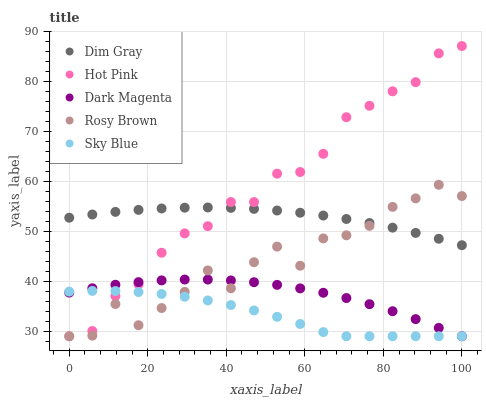
| xaxis_label | Dim Gray | Hot Pink | Dark Magenta | Rosy Brown | Sky Blue |
 | --- | --- | --- | --- | --- | --- |
 | 0 | 52.8 | 29 | 37.7 | 29 | 37.9 |
 | 5.88 | 53.4 | 30 | 38.6 | 29.1 | 38.1 |
 | 11.8 | 53.9 | 37.1 | 39.3 | 35.5 | 38.1 |
 | 17.6 | 54.3 | 39.4 | 39.8 | 31.2 | 37.9 |
 | 23.5 | 54.6 | 45.7 | 40.2 | 34.7 | 37.5 |
 | 29.4 | 54.8 | 49.6 | 40.4 | 37.9 | 36.9 |
 | 35.3 | 54.8 | 51.1 | 40.4 | 42.2 | 36.2 |
 | 41.2 | 54.7 | 55.9 | 40.2 | 38.6 | 35.3 |
 | 47.1 | 54.5 | 55.9 | 39.8 | 43.8 | 34.2 |
 | 52.9 | 54.2 | 61.6 | 39.3 | 47 | 32.9 |
 | 58.8 | 53.8 | 61.9 | 38.6 | 43.1 | 31.5 |
 | 64.7 | 53.2 | 65.6 | 37.7 | 48.6 | 29.8 |
 | 70.6 | 52.5 | 72.9 | 36.7 | 49.2 | 29 |
 | 76.5 | 51.7 | 75.2 | 35.4 | 51.1 | 29 |
 | 82.4 | 50.8 | 78.1 | 34 | 54.9 | 29 |
 | 88.2 | 49.7 | 79.9 | 32.4 | 56.6 | 29 |
 | 94.1 | 48.5 | 85.7 | 30.7 | 59.4 | 29 |
 | 100 | 47.2 | 87.2 | 29 | 57.1 | 29 |